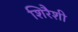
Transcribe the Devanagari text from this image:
शिरैशी